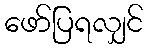
ဖော်ပြရလျှင်